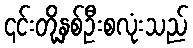
၎င်းတို့နှစ်ဦးစလုံးသည်